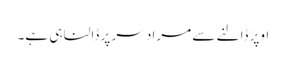
اوپر ڈالنے سے مراد سر پر ڈالنا ہی ہے۔